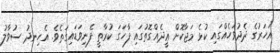
އަހަރުގެ ދެދުވަހެއްގައި ކުޅެ މަޖާކޮށް ޢީދެއްގޮތުގައި ފާހަގަ ކުރާތީ ފެނިވަޑައިގަތެވެ. އެހިނދު ސުވާލު